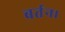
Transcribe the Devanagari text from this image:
बर्तन।